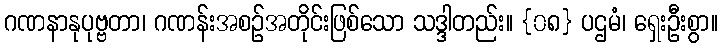
ဂဏနာနုပုဗ္ဗတာ၊ ဂဏန်းအစဉ်အတိုင်းဖြစ်သော သဒ္ဒါတည်း။ {၀၈} ပဌမံ၊ ရှေးဦးစွာ။